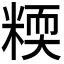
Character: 𥻟